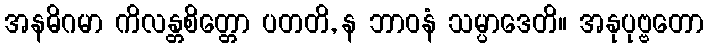
အနဓိဂမာ ကိလန္တစိတ္တော ပတတိ, န ဘာဝနံ သမ္ပာဒေတိ။ အနုပုဗ္ဗတော